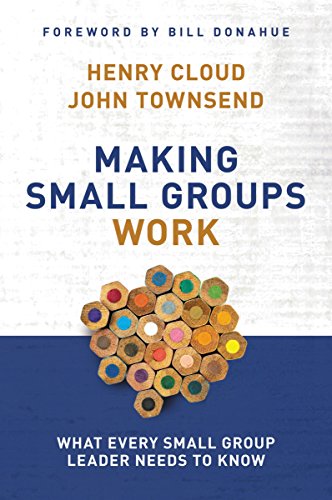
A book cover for Making Small Groups Work: What Every Small Group Leader Needs to Know; Henry Cloud; Christian Books & Bibles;